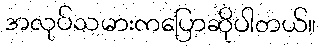
အလုပ်သမားကပြောဆိုပါတယ်။